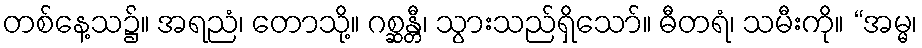
တစ်နေ့သ၌။ အရညံ၊ တောသို့။ ဂစ္ဆန္တီ၊ သွားသည်ရှိသော်။ ဓီတရံ၊ သမီးကို။ “အမ္မ၊